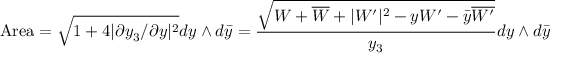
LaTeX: \mathrm { A r e a } = \sqrt { 1 + 4 | \partial y _ { 3 } / \partial y | ^ { 2 } } d y \wedge d \bar { y } = { \frac { \sqrt { W + \overline { { { W } } } + | W ^ { \prime } | ^ { 2 } - y W ^ { \prime } - \bar { y } \overline { { { W ^ { \prime } } } } } } { y _ { 3 } } } d y \wedge d \bar { y }